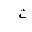
Letter: _ta